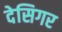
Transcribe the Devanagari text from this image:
देसिगर